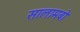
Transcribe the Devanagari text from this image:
सालामबो